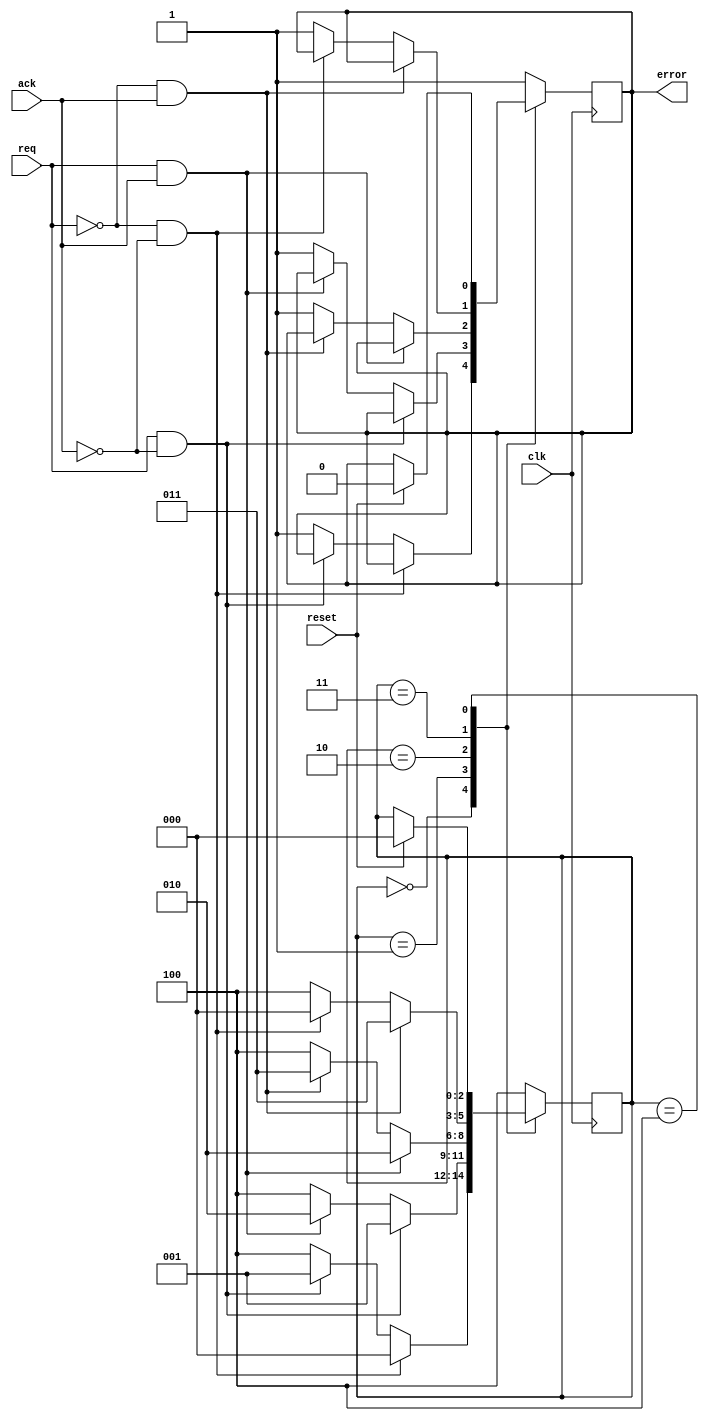
module handshake(error, clk, req, ack, reset);

output reg error;

input clk, req, ack, reset;

reg [2:0] state;

initial
begin
	state = 3'b000;
	error = 1'b0;
end

always @(posedge clk)
begin
	case (state)
		3'b000: 
		begin
			if (~req && ~ack)
				state = 3'b000;
			else if (req && ~ack)
				state = 3'b001;
			else
			begin
				state = 3'b100;
				error = 1'b1;
			end
		end
		
		3'b001:
		begin
			if (req && ~ack)
				state = 3'b001;
			else if (req && ack)
				state = 3'b010;
			else
			begin
				state = 3'b100;
				error = 1'b1;
			end
		end
		
		3'b010:
		begin
			if (req && ack)
				state = 3'b010;
			else if (~req && ack)
				state = 3'b011;
			else
			begin
				state = 3'b100;
				error = 1'b1;
			end
		end
		
		3'b011:
		begin
			if (~req && ack)
				state = 3'b011;
			else if (~req && ~ack)
				state = 3'b000;
			else
			begin
				state = 3'b100;
				error = 1'b1;
			end
		end
		
		3'b100:
		begin
			if (reset)
			begin
				state = 3'b000;
				error = 1'b0;
			end
		end
		
		default:
		begin
			state = 3'b100;
			error = 1'b1;
		end
	endcase
end

endmodule